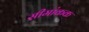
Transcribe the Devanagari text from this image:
सीमांकक